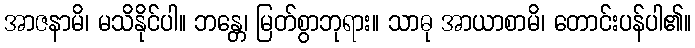
အာဇနာမိ၊ မသိနိုင်ပါ။ ဘန္တေ၊ မြတ်စွာဘုရား။ သာဓု အာယာစာမိ၊ တောင်းပန်ပါ၏။